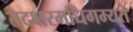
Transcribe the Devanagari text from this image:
तदक्षरमधिगम्यते